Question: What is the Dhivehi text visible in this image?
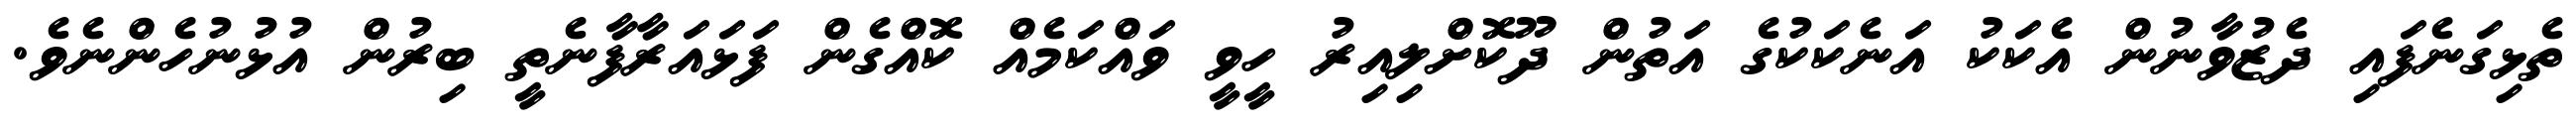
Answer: ތެޅިގަނެފައި ދެޒުވާނުން އެކަކު އަނެކަކުގެ އަތުން ދޫކޮށްލިއިރު ހީވީ ވައްކަމެއް ކޮއްގެން ފަޅައަރާފާނެތީ ބިރުން އުޅުނުހެންނެވެ.